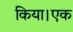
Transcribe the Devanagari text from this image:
किया।एक